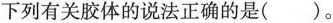
下列有关胶体的说法正确的是( )。